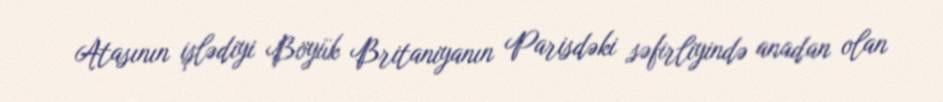
Atasının işlədiyi Böyük Britaniyanın Parisdəki səfirliyində anadan olan